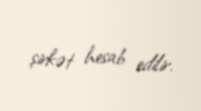
şirkət hesab edilir.